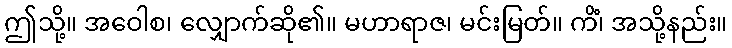
ဤသို့။ အဝေါစ၊ လျှောက်ဆို၏။ မဟာရာဇ၊ မင်းမြတ်။ ကိံ၊ အသို့နည်း။